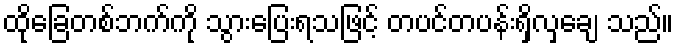
ထိုခြေတစ်ဘက်ကို သွားပြေးရသဖြင့် တပင်တပန်းရှိလှချေ သည်။